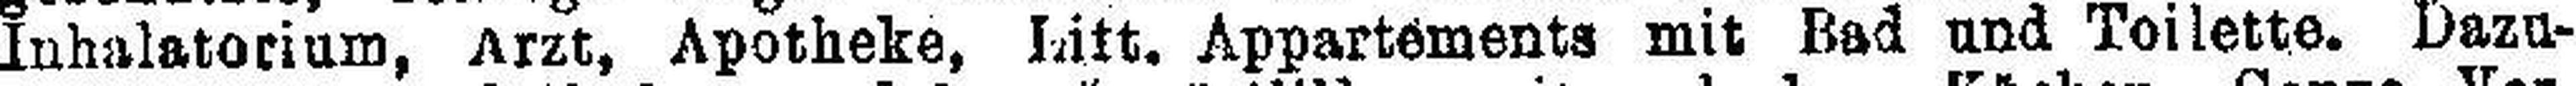
Inhalatorium, Arzt, Apotheke, Litt. Appartements mit Bad und Toilette. Dazu¬